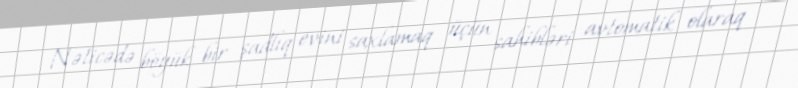
Nəticədə böyük bir şadlıq evini saxlamaq üçün sahibləri avtomatik olaraq